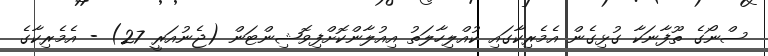
ސްނޯގެ ތޫފާނަކާ ގުޅިގެން އެމެރިކާގައި ކުއްލިހާލަތު އިއުލާންކޮށްފިވޮޝިންޓަން (ޖެނުއަރީ 27) - އެމެރިކާގެ